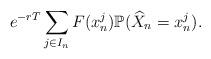
LaTeX: \begin{align*} e^{-rT} \sum_{j \in I_n} F(x_n^j) \mathbb P(\widehat X_n = x_n^j).\end{align*}